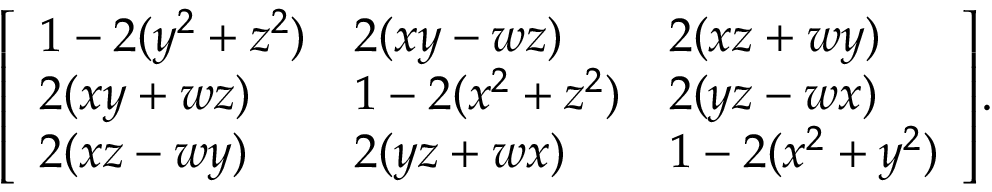
{ \left[ \begin{array} { l l l } { 1 - 2 ( y ^ { 2 } + z ^ { 2 } ) } & { 2 ( x y - w z ) } & { 2 ( x z + w y ) } \\ { 2 ( x y + w z ) } & { 1 - 2 ( x ^ { 2 } + z ^ { 2 } ) } & { 2 ( y z - w x ) } \\ { 2 ( x z - w y ) } & { 2 ( y z + w x ) } & { 1 - 2 ( x ^ { 2 } + y ^ { 2 } ) } \end{array} \right] } .